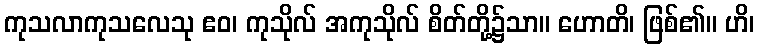
ကုသလာကုသလေသု ဧဝ၊ ကုသိုလ် အကုသိုလ် စိတ်တို့၌သာ။ ဟောတိ၊ ဖြစ်၏။ ဟိ၊